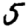
Digit: 5